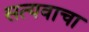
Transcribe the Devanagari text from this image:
सत्यवाचा